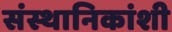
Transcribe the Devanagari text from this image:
संस्थानिकांशी